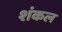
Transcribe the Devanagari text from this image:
शंकल